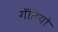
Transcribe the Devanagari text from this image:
गॅलियो